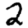
Digit: 2